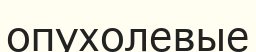
опухолевые